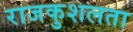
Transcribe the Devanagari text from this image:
राजकुशलता